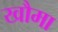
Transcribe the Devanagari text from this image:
खौमा